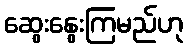
ဆွေးနွေးကြမည်ဟု